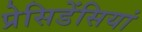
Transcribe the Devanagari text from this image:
प्रेसिडेंसियां